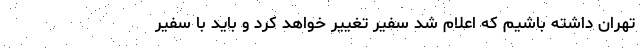
تهران داشته باشیم که اعلام شد سفیر تغییر خواهد کرد و باید با سفیر